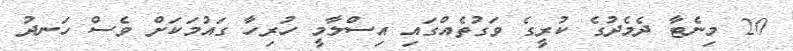
20 މިނެޓާ ދެމެދުގެ ކުރީގެ ވަގުތެއްގައި އިސްލާމީ ހުރިހާ ގައުމަކަށް ވެސް ހަނދު